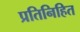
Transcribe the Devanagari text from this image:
प्रतिनिहित